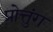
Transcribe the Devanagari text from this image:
प्रोत्तुंग